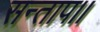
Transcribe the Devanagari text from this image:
सन्‍ताप।।